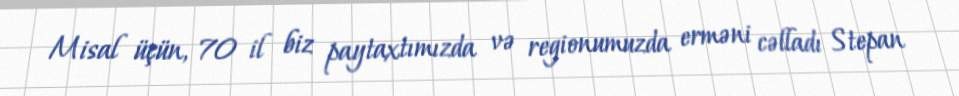
Misal üçün, 70 il biz paytaxtımızda və regionumuzda erməni cəlladı Stepan